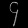
Digit: ၄